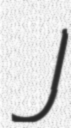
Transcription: J